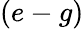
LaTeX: (e-g)